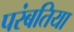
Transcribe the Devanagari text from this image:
परंबतिया